NAE_EAA_T-354_Tartu_Tamme_Gumnaasium, lk 11
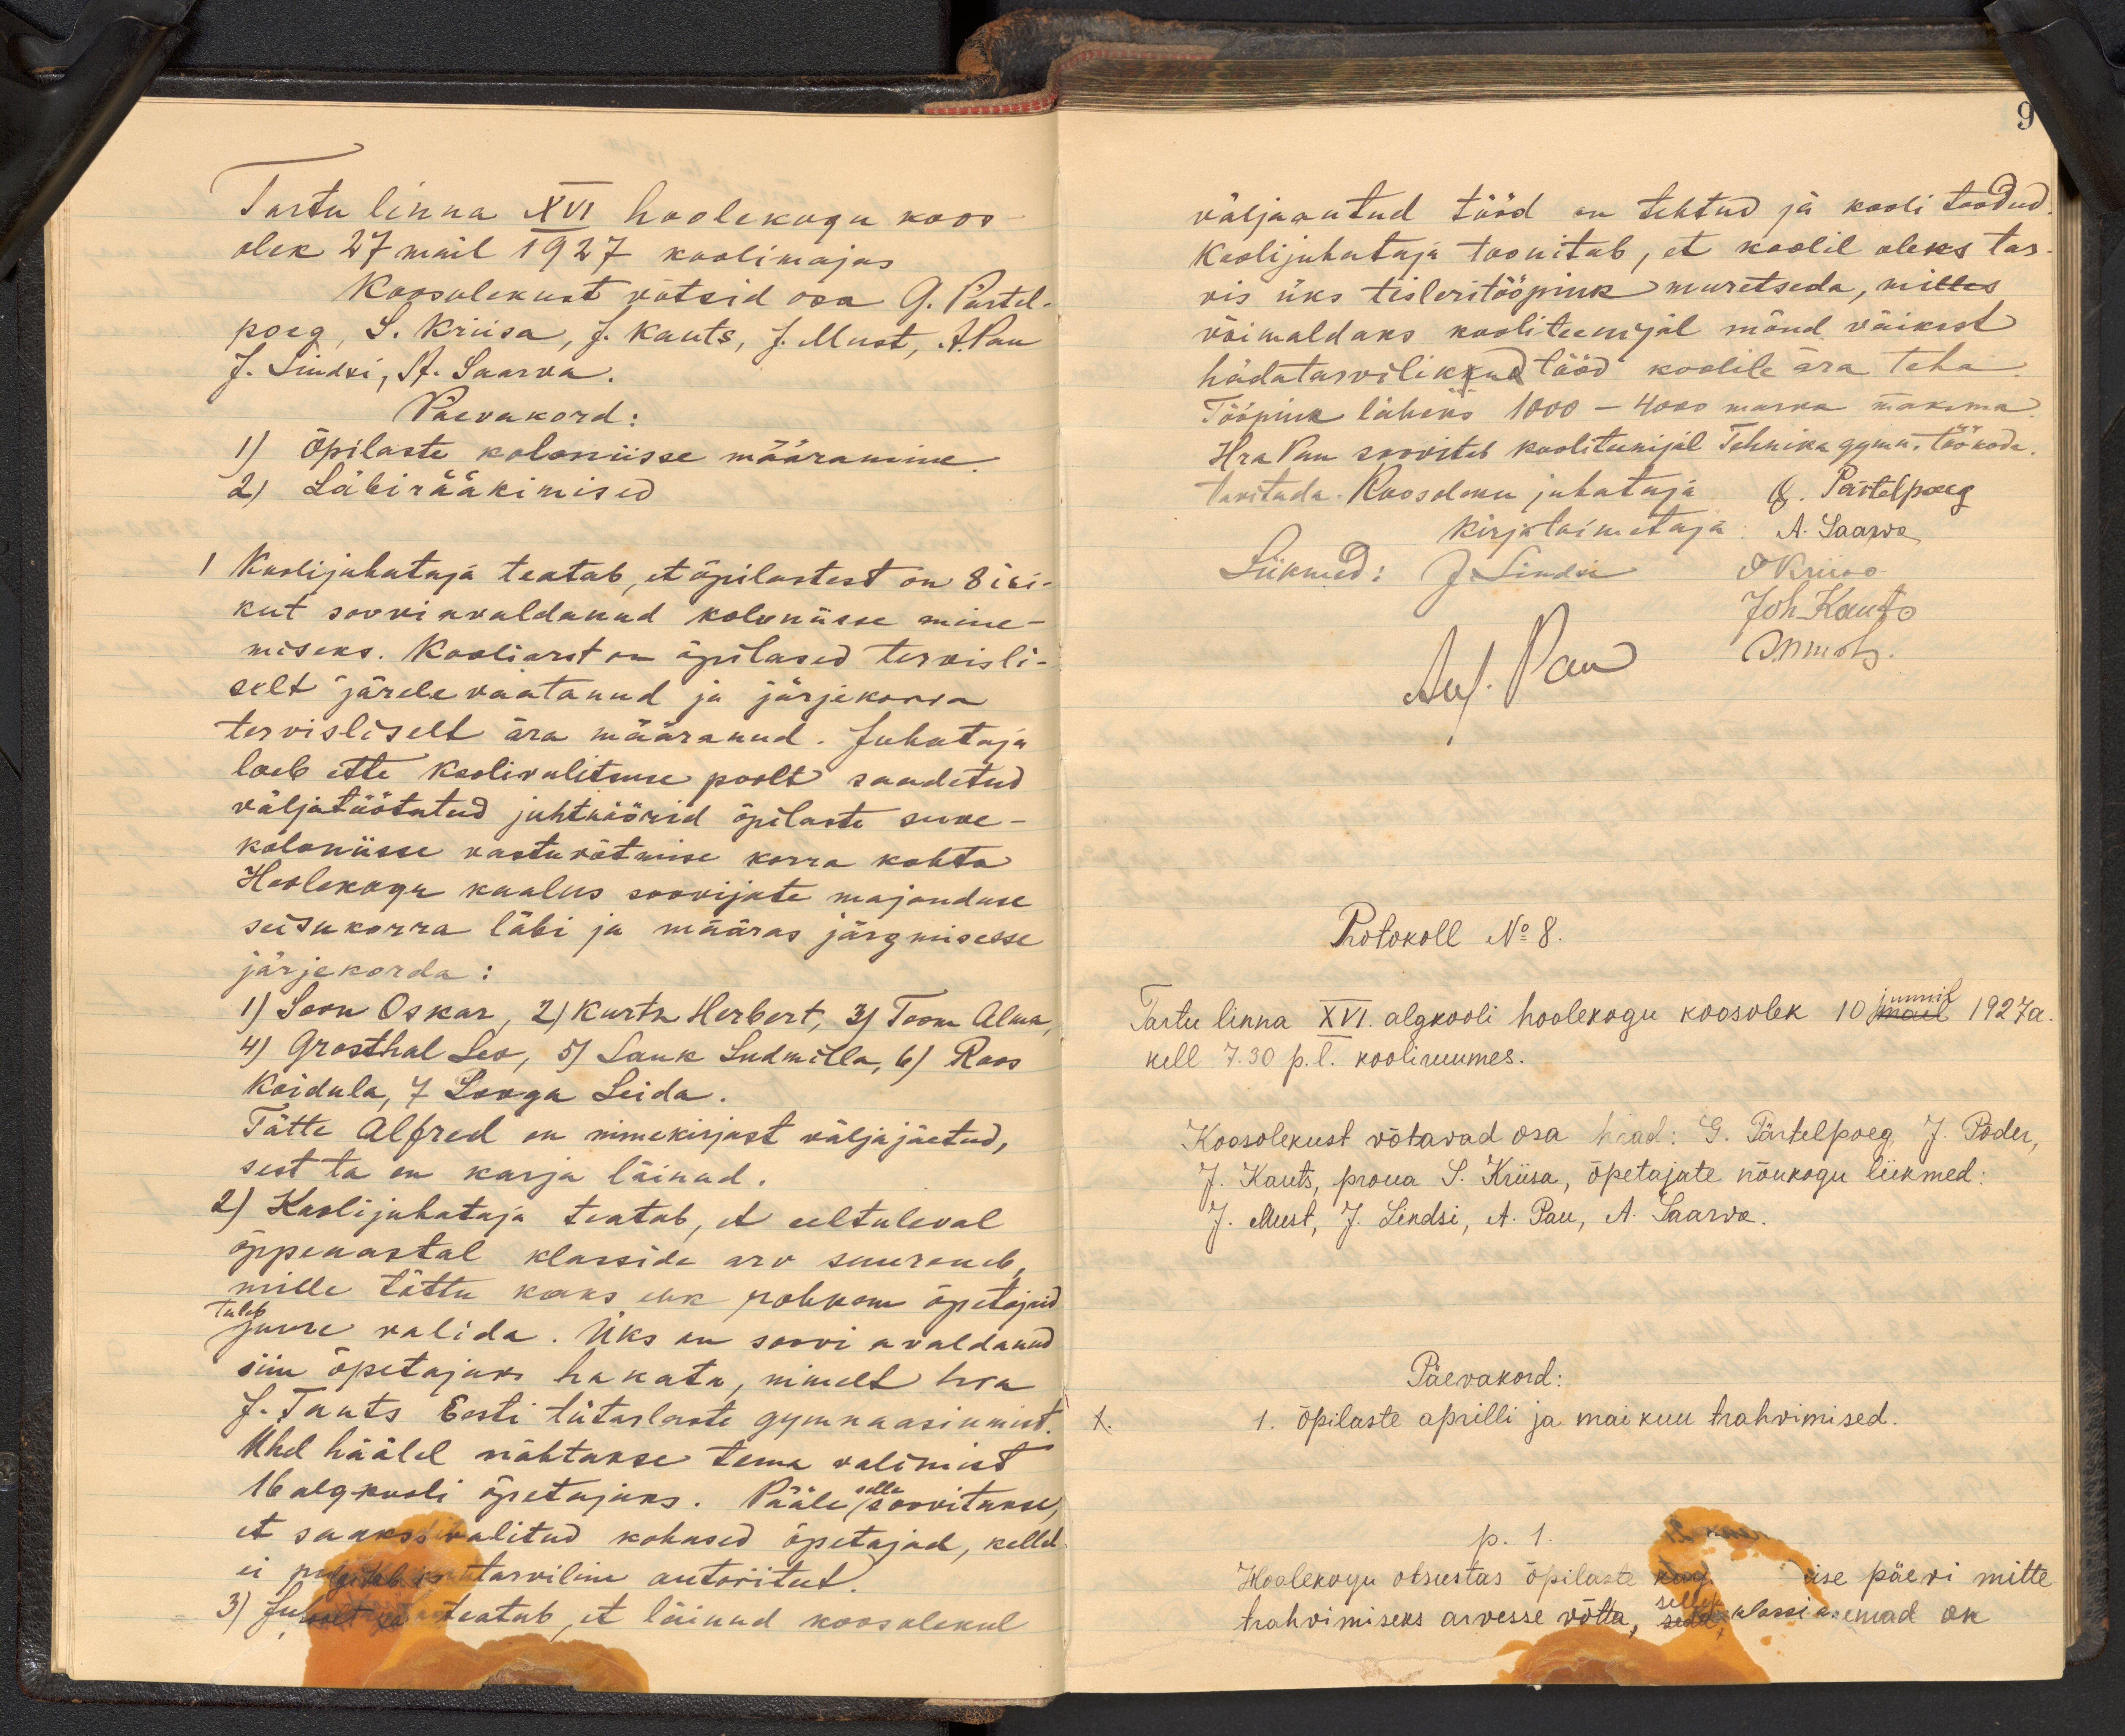
9

Tartu linna XVI hoolekogu koos
olek 27 mail 1927 koolimajas.
Koosolekust võtsid osa G. Pärtel-
poeg, S. Kriisa, J. Kauts, J. Must, J. Pau
J. Lindsi, A. Saarva.
Päevakord:
1) Õpilaste koloniisse määramine.
2) Läbirääkimised.
1 Koolijuhataja teatab, et õpilastest on 8 isi-
kut soovi avaldanud koloniisse mine-
miseks. Kooliarst on õpilased tervisli-
selt järele vaatanud ja järjekorra
tervisliselt ära määranud. Juhataja
loeb ette koolivalitsuse poolt saadetud
väljatöötatud juhtnöörid õpilaste suve-
koloniisse vastuvõtmise korra kohta.
Hoolekogu kaalus soovijate majanduse
seisukorra läbi ja määras järgmisesse
järjekorda:
1) Soon Oskar, 2) Kurtz Herbert, 3) Toon Alma,
4) Grosthal Leo, 5) Lauk Ludmilla, 6) Roos,
Koidula, 7 Looga Leida.
Tätte Alfred on nimekirjast väljajäetud,
sest ta on karja läinad.
2) Koolijuhataja teatab, et eeltuleval
õppeaastal klasside arv suureneb,
mille tõttu kaks ehk rohkem õpetajaid
Tuleb juure valida. Üks on soovi avaldanud
siin õpetajaks hakata, nimelt hra
J. Tants Eesti tütarlaste gümnaasiumist.
Ühel häälel nähtakse tema valimist
16 algkooli õpetajaks. Pääle selle soovitakse,
et saaks valitud kohased õpetajad, kelle-
ei polgitab is tarviline autoriteet.
3) Ju xxx teatab, et läinud koosolekul

väljaantud tööd on tehtud ja kooli toodud
Koolijuhataja toonitab, et koolil oleks tar
vis üks tisleritööpink muretseda, mis
võimaldaks kooliteenijal mõnd väikest
hädatarvilikkud tööd koolile ära teha.
Tööpink läheks 1000 - 400 marka maksma
Hra Pau soovitab kooliteenijal Tehniku gymn. töökoda.
taritada. Koosoleku juhataja A. Pärtelpoeg
kirjatoimetaja A. Saarwa
SKriisa
Liikmed: J. Lindsi
Joh Kauts
Au. Pau smets.
Protokoll No 8.
Tartu linna XVI algkooli hoolekogu koosolek 10 juunil 1927 a
kell 7.30 p.l. kooliruumes.
Koosolekust võtavad osa hrad: G. Pärtelpoeg J. Põder,
J. Kauts, proua S. Kriisa, õpetajate nõukogu liikmed:
J. Must, J. Lindsi, A. Pau, M. Saarva.
Päevakord:
K. õpilaste aprilli ja maikuu trahvimised.
p. 1.
Hoolekogu otsustas õpilaste kord ise päevi mitte
trahvimiseks arvesse võtta, seda klassi a. emad on